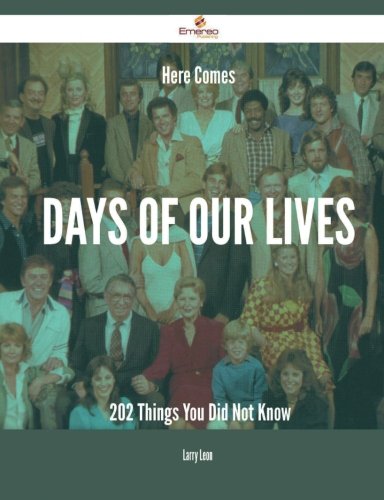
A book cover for Here Comes Days of Our Lives - 202 Things You Did Not Know; Larry Leon; Reference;